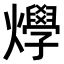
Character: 𤒎